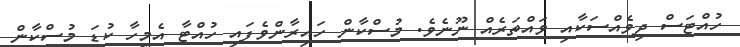
ހުއްޓަސް ދިވެއްސަކާއި ވައްތަރެއް ނޫނެވެ. މުސްކާން ހައިރާންވެފައި ހުއްޓާ އެމީހާ ކުޑަ މުސްކާން